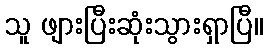
သူ ဖျားပြီးဆုံးသွားရှာပြီ။